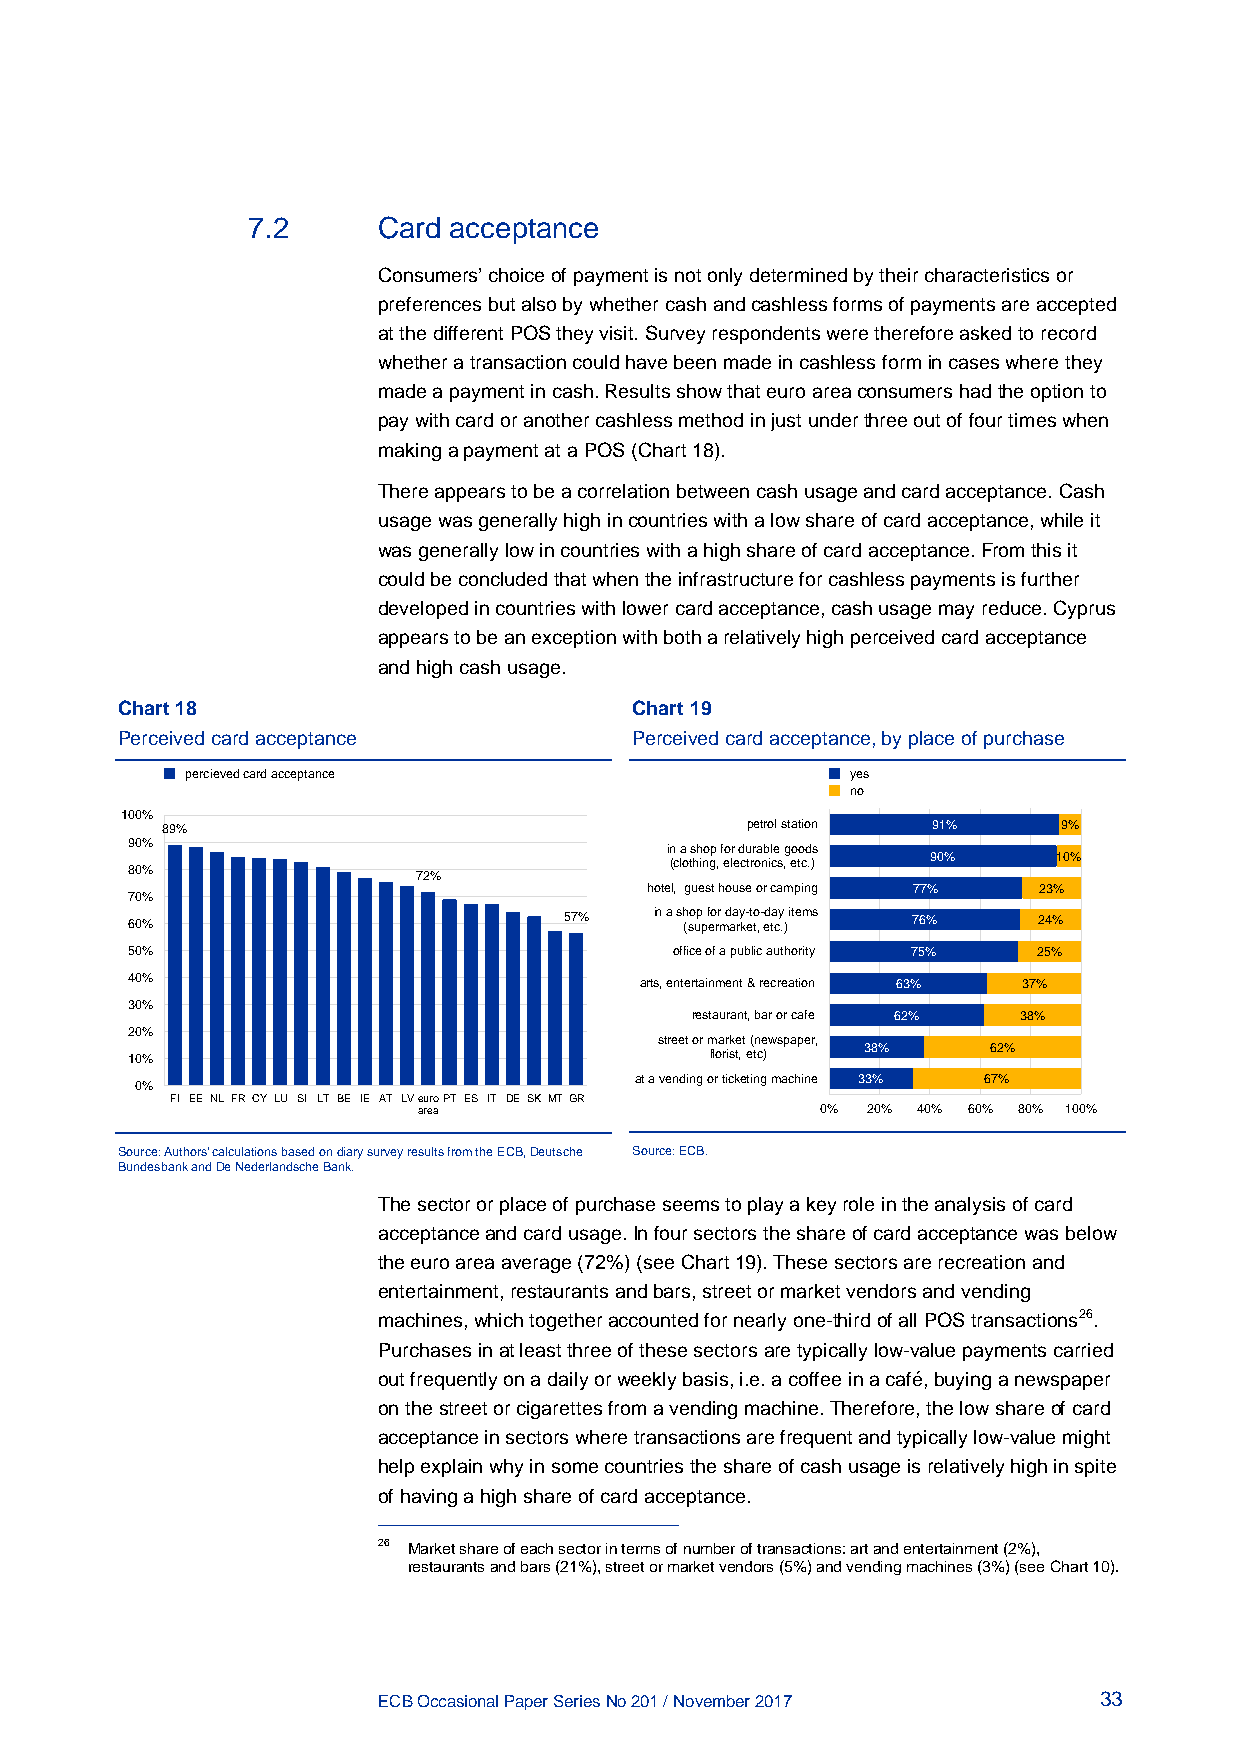
7.2      Card acceptance
 Consumers’ choice of payment is not only determined by their characteristics or
 preferences but also by whether cash and cashless forms of payments are accepted
 at the different POS they visit. Survey respondents were therefore asked to record
 whether a transaction could have been made in cashless form in cases where they
 made a payment in cash. Results show that euro area consumers had the option to
 pay with card or another cashless method in just under three out of four times when
 making a payment at a POS (Chart 18).
 There appears to be a correlation between cash usage and card acceptance. Cash
 usage was generally high in countries with a low share of card acceptance, while it
 was generally low in countries with a high share of card acceptance. From this it
 could be concluded that when the infrastructure for cashless payments is further
 developed in countries with lower card acceptance, cash usage may reduce. Cyprus
 appears to be an exception with both a relatively high perceived card acceptance
 and high cash usage.
 Chart 18                          Chart 19
 Perceived card acceptance         Perceived card acceptance, by place of purchase
 percieved card acceptance                   yes
 no
 100%
 89%                                   petrol station 91%   9%
 90%
 in a shop for durable goods
 90%     10%
 (clothing, electronics, etc.)
 80%                 72%
 hotel, guest house or camping 77% 23%
 70%
 60%                          57%   in a sh (so up p efo rr m d aa ry k- eto t, - ed ta cy .) items 76% 24%
 50%                                  office of a public authority 75% 25%
 40%                               arts, entertainment & recreation 63% 37%
 30%
 restaurant, bar or cafe 62% 38%
 20%
 street or market (newspaper,
 38%      62%
 10%                                    florist, etc)
 at a vending or ticketing machine 33% 67%
 0%
 FI EE NL FR CY LU SI LT BE IE AT LVeuroPT ES IT DE SK MTGR
 area                      0% 20% 40% 60% 80% 100%
 Source: Authors’ calculations based on diary survey results from the ECB, Deutsche Source: ECB.
 Bundesbank and De Nederlandsche Bank.
 The sector or place of purchase seems to play a key role in the analysis of card
 acceptance and card usage. In four sectors the share of card acceptance was below
 the euro area average (72%) (see Chart 19). These sectors are recreation and
 entertainment, restaurants and bars, street or market vendors and vending
 machines, which together accounted for nearly one-third of all POS transactions26.
 Purchases in at least three of these sectors are typically low-value payments carried
 out frequently on a daily or weekly basis, i.e. a coffee in a café, buying a newspaper
 on the street or cigarettes from a vending machine. Therefore, the low share of card
 acceptance in sectors where transactions are frequent and typically low-value might
 help explain why in some countries the share of cash usage is relatively high in spite
 of having a high share of card acceptance.
 26 Market share of each sector in terms of number of transactions: art and entertainment (2%),
 restaurants and bars (21%), street or market vendors (5%) and vending machines (3%) (see Chart 10).
 ECB Occasional Paper Series No 201 / November 2017 33